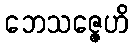
ဘေသဇ္ဇေဟိ